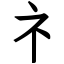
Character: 礻